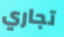
تجاري